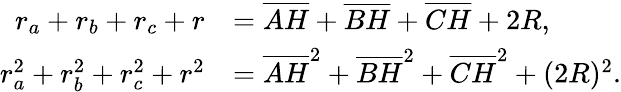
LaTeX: {\begin{array}{rl}{r_{a}+r_{b}+r_{c}+r}&{={\overline{{AH}}}+{\overline{{BH}}}+{\overline{{CH}}}+2R,}\\ {r_{a}^{2}+r_{b}^{2}+r_{c}^{2}+r^{2}}&{={\overline{{AH}}}^{2}+{\overline{{BH}}}^{2}+{\overline{{CH}}}^{2}+(2R)^{2}.}\end{array}}